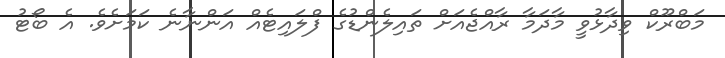
މަބްރޫކް ވިދާޅުވީ މާދަމާ ރާއްޖެއަށް ތައިލެންޑުގެ ފްލައިޓެއް އަންނާނެ ކަމަށެވެ. އެ ބޯޓު